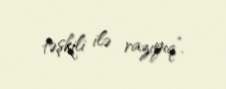
təşkili ilə razıyıq”.